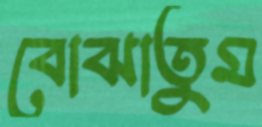
বোঝাতুম